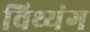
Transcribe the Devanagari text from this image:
विथ्यंग